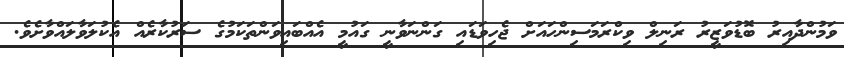
ވަމުންދާއިރު ބޮޑުވަޒީރު ރަނިލް ވިކްރަމަސިންހައަށް ޖެހިވަޑައި ގަންނަވާނީ ގައުމީ އެއްބައިވަންތަކަމުގެ ސަރުކާރެއް އެކުލަވާލައްވާށެވެ.